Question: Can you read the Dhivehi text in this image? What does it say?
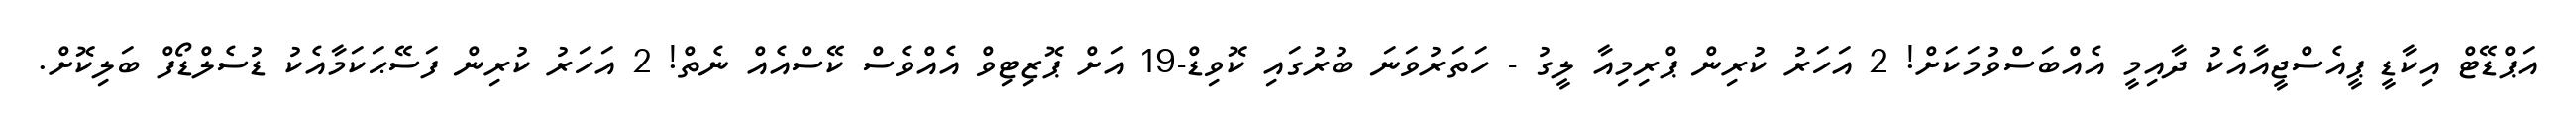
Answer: އަޕްޑޭޓް އިކާޑީ ޕީއެސްޖީއާއެކު ދާއިމީ އެއްބަސްވުމަކަށް! 2 އަހަރު ކުރިން ޕްރިމިއާ ލީގު - ހަތަރުވަނަ ބުރުގައި ކޮވިޑް-19 އަށް ޕޮޒިޓިވް އެއްވެސް ކޭސްއެއް ނެތް! 2 އަހަރު ކުރިން ފަސޭޙަކަމާއެކު ޑުސެލްޑޯފް ބަލިކޮށް.